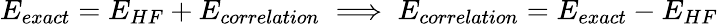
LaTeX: E_{exact}=E_{HF}+E_{correlation}\implies E_{correlation}=E_{exact}-E_{HF}